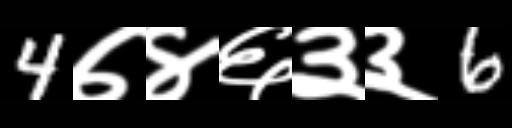
Text: 4७४६३३6